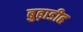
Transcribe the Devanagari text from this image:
बुढ़ाडीह